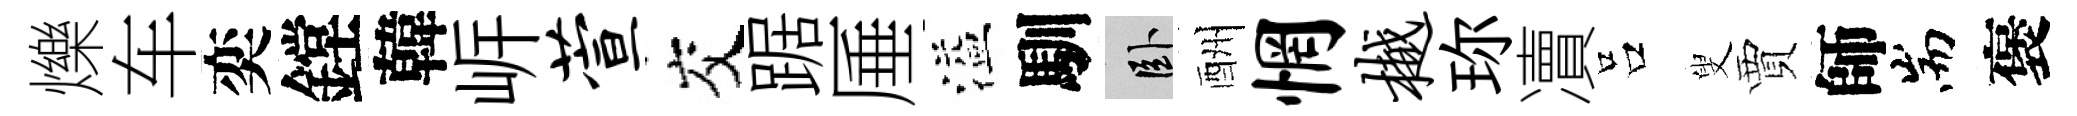
爍车奕鏜韓㟁萱交踞厜溢馴卧酬惘樾珎凟吕叟賈師耑褒